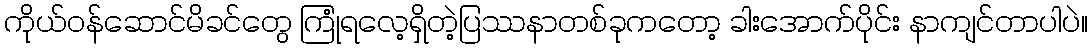
ကိုယ်ဝန်ဆောင်မိခင်တွေ ကြုံရလေ့ရှိတဲ့ပြဿနာတစ်ခုကတော့ ခါးအောက်ပိုင်း နာကျင်တာပါပဲ။